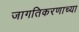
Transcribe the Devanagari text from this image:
जागतिकरणाच्या